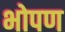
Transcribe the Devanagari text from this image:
भोपण